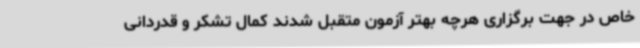
خاص در جهت برگزاری هرچه بهتر آزمون متقبل شدند کمال تشکر و قدردانی